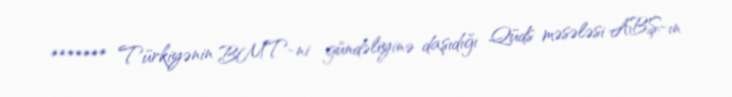
******* Türkiyənin BMT-ni gündəliyinə daşıdığı Qüds məsələsi ABŞ-ın